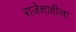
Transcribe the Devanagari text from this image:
राजेशाहीला